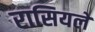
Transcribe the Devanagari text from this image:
रासियले